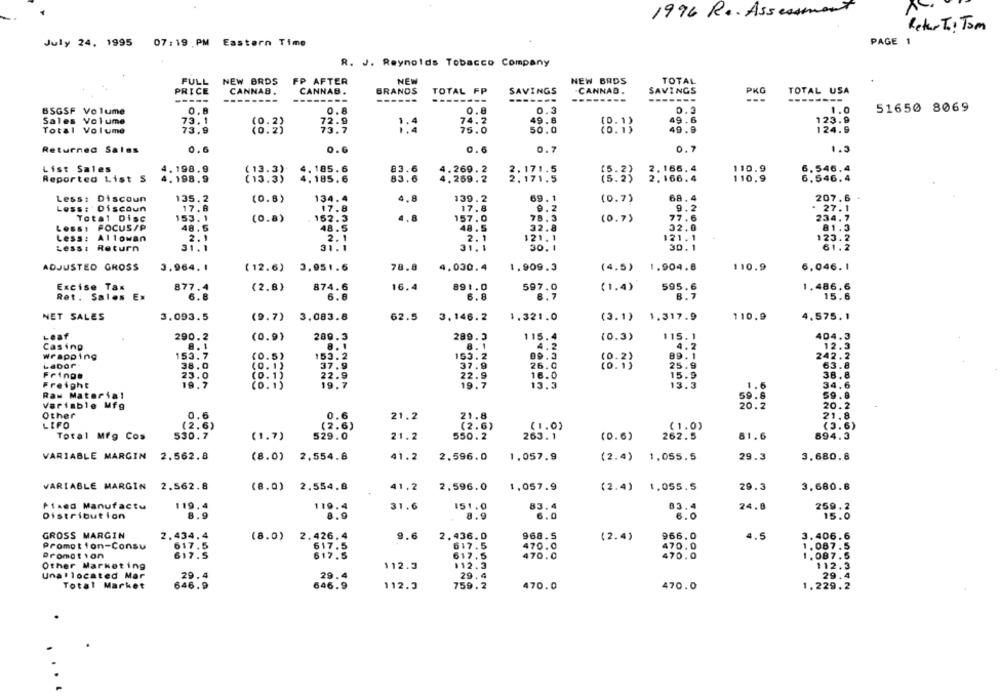
1996 R .. Assessman
ReturTs: Tom
07:19 PM Eastern Time
PAGE 1
July 24. 1995
R. J. Reynolds Tobacco Company
FULL
NEW BRDS
FP AFTER
NEW
NEW BRDS
TOTAL
PRICE
CANNAB.
CANNAB.
BRANDS
TOTAL FP
SAVINGS
.CANNAD.
SAVINGS
TOTAL USA
------
------
-------
-------
-----
PKG
--------
BSGSF Volume
0.8
0.8
0.8
0.3
D.3
1.0
51650 8069
74.2
49.8
49.6
123.9
Sales Volume
73. 1
72.9
Total Volume
73.9
73.7
75.0
50.0
49.9
124.9
Returned Sales
0.6
0.6
0.6
0.7
0.7
1.3
List Sales
4.198.9
83.6
110.9
(13.3)
4.185.6
4.269.2
2.166,4
6.546,4
Reported List S
4.198.9
(13.3)
4.185,6
83.6
4.269.2
18:33
2.166.4
110.9
6,546.4
Less: Discoun
135.2
(0.8)
134.4
4.8
139.2
69.1
(0.7)
68,4
207.6
Less: Discoun
17.8
17.8
17.8
9.2
9.2
. 27.1
Total Disc
153. 1
(0.8)
152.3
4.8
157.0
78.3
(0.7)
77.6
234.7
Less: FOCUS/P
48.5
48.5
48.5
32.8
32.0
81.3
Less :
2.1
2.1
121.1
123.2
Allowan
2.1
121.1
SOON-
Lessi
Return
31.1
31.1
31.1
30.1
30.1
61.2
ADJUSTED GROSS
3.964.1
(12.6)
3.951.6
78.8
4.000.4
1.909.3
(4.5)
1.904.8
110.9
6,046. 1
874.6
16.4
1.486,6
Excise Tax
877.4
(2.8)
891.0
(1.4)
595.6
Ret. Sales Ex
6.8
6.8
6.8
8.7
15.6
NET SALES
3.093.5
(9.7) 3.083.8
62.5
3.146.2
1.321.0
(3.1)
1.317.9
110.9
4.575. 1
115.4
404.3
Leaf
290.2
(0.9)
289.3
289.3
(0.3)
115.1
Casing
8.1
8. 1
8.1
4.2
4.2
12.3
wrapping
153.7
(0.5)
153.2
163.2
09.3
89.1
242.2
Labor
38.0
(0.1)
37.9
37.9
26.0
25.9
63.8
Fringe
23.0
(0.1)
22.9
22.9
16.0
15.9
38.8
19.7
(0.1)
19.7
1.6
34.6
Freight
19.7
13.3
13.3
Raw Material
59.6
59.8
Variable Mfg
20.2
20.2
Other
0.6
0.6
21.2
21.8
21.8
LIFO
(2.6)
(2.6)
(2.6)
(1.0)
(1.0)
(3.6)
Total Mfg Cos
530.7
(1.7)
529.0
21.2
550.2
263.1
(0.6)
262.5
81.6
894.3
VARIABLE MARGIN 2.562.8
(8.0)
2,554.8
41.2
2.596.0
1.057.9
(2.4)
1.055.5
29.3
3.680.8
VARIABLE MARGIN 2.562.8
(8.0) 2.554.8
41.2
2,596.0
1.057.9
(2.4) 1.055.5
29.3
3.680.6
Fixed Manufactu
119.4
119.4
31.6
151.0
83.4
24.8
259.2
Distribution
8.9
8.9
8.9
6.0
15. 0
GROSS MARGIN
2.434.4
(8.0)
2.426.4
9.6
2.436.0
968.5
(2.4)
966.0
4.5
3.406.6
Promotion-Consu
617.5
617.5
617.5
470.0
470.0
1.087.5
Promotion
617.5
617.5
617.5
470.0
470.0
1.087.5
Other Marketing
112.3
112.3
112.3
Unallocated Mar
29.4
29.4
29.4
29.4
Total Market
646.9
646.9
112.3
759.2
470.0
470.0
1.229.2